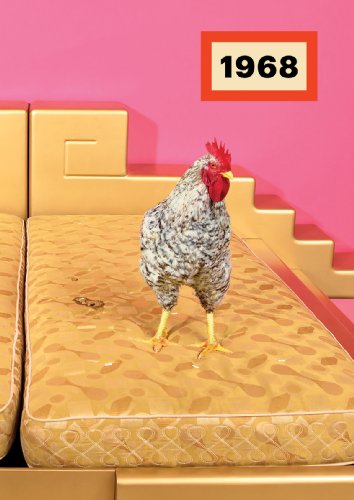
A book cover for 1968: Radical Italian Design: Photographs by Maurizio Cattelan & Pieropaolo Ferrari; Arts & Photography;